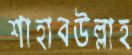
শাহাবউল্লাহ